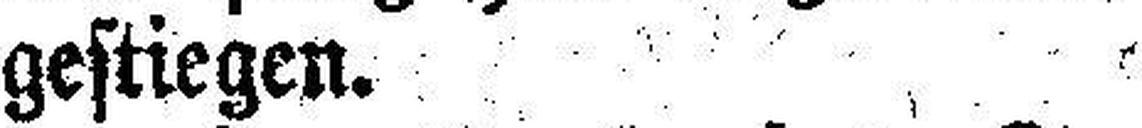
gestiegen.